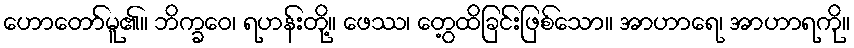
ဟောတော်မူ၏။ ဘိက္ခဝေ၊ ရဟန်းတို့။ ဖေဿ၊ တွေ့ထိခြင်းဖြစ်သော။ အာဟာရေ၊ အာဟာရကို။